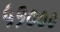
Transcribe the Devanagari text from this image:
५१०००